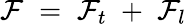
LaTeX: {\mathcal F}\; =\; {\mathcal F}_{t}\; +\; {\mathcal F}_{l}